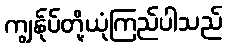
ကျွန်ုပ်တို့ယုံကြည်ပါသည်